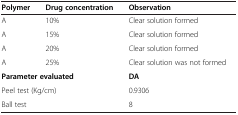
<table><thead><tr><td><b>Polymer</b></td><td><b>Drug concentration</b></td><td><b>Observation</b></td><td><b> </b></td></tr></thead><tbody><tr><td>A</td><td>10%</td><td colspan="2">Clear solution formed</td></tr><tr><td>A</td><td>15%</td><td colspan="2">Clear solution formed</td></tr><tr><td>A</td><td>20%</td><td colspan="2">Clear solution formed</td></tr><tr><td>A</td><td>25%</td><td colspan="2">Clear solution was not formed</td></tr><tr><td colspan="2"><b>Parameter evaluated</b></td><td><b>DA</b></td><td> </td></tr><tr><td colspan="2">Peel test (Kg/cm)</td><td>0.9306</td><td> </td></tr><tr><td colspan="2">Ball test</td><td>8</td><td> </td></tr></tbody></table>